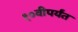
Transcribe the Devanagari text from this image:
१०वीपर्यंत